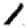
Digit: 1